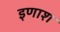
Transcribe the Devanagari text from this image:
इणाश